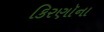
કિરણૉના